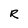
Character: R